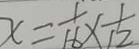
x = \frac { 1 } { 1 6 } \times \frac { 1 } { 1 2 }